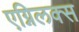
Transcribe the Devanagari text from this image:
एग्निलक्स